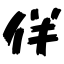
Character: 伴